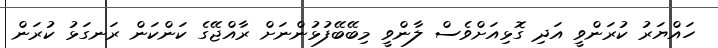
ހައްޔަރު ކުރަންވީ އަދި ގޮޅިއަށްވެސް ލާންވީ މިބޭބޭފުޅުންނަށް ރާއްޖޭގެ ކަންކަން ރަނގަޅު ކުރަން